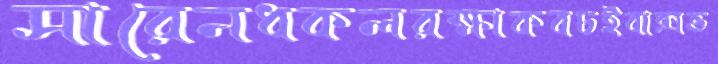
সারেনধকলরক্ষাকবচইবাক্সভ